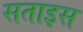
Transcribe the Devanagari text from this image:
सताइस